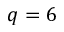
q = 6